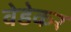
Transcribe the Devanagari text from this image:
वेडेकर